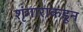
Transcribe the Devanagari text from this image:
शृंगाराकडून